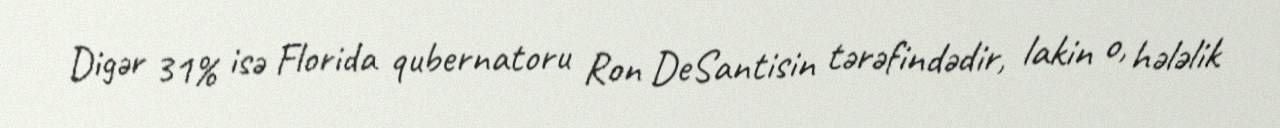
Digər 31% isə Florida qubernatoru Ron DeSantisin tərəfindədir, lakin o, hələlik